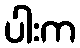
ပါးက